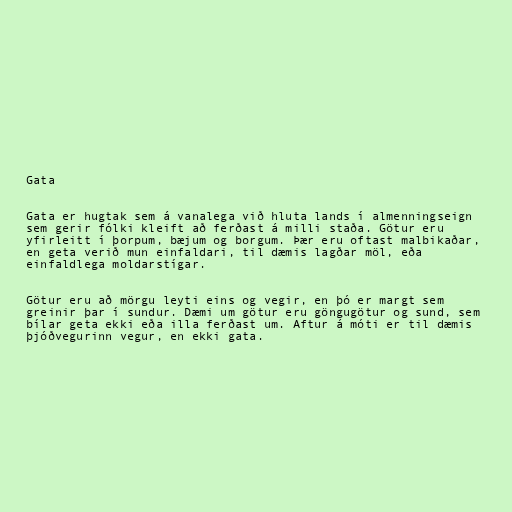
Gata

Gata er hugtak sem á vanalega við hluta lands í almenningseign
sem gerir fólki kleift að ferðast á milli staða. Götur eru
yfirleitt í þorpum, bæjum og borgum. Þær eru oftast malbikaðar,
en geta verið mun einfaldari, til dæmis lagðar möl, eða
einfaldlega moldarstígar.

Götur eru að mörgu leyti eins og vegir, en þó er margt sem
greinir þar í sundur. Dæmi um götur eru göngugötur og sund, sem
bílar geta ekki eða illa ferðast um. Aftur á móti er til dæmis
þjóðvegurinn vegur, en ekki gata.